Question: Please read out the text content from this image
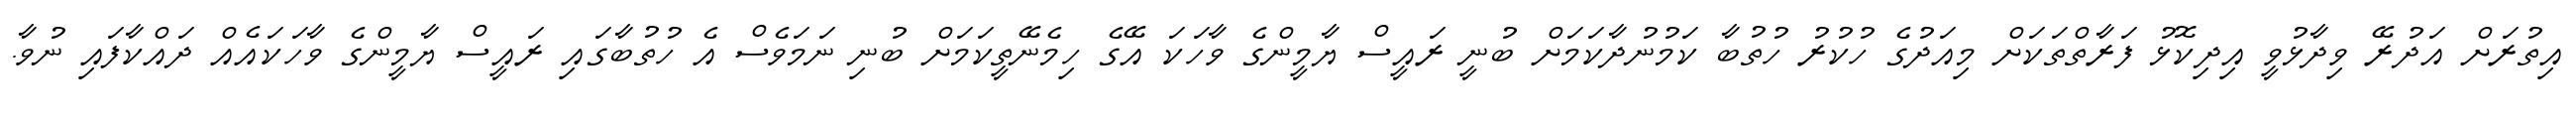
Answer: އިތުރަށް އަދުރޭ ވިދާޅުވީ އިދިކޮޅު ފަރާތްތަކަށް މިއަދުގެ ހުކުރު ހުތުބާ ކަމުނުދާކަމަށް ބުނީ ރައީސް ޔާމީންގެ ވާހަކަ އޭގެ ހިމެނޭތީކަމަށް ބުނި ނަމަވެސް އެ ހުތުބާގައި ރައީސް ޔާމީންގެ ވާހަކައެއް ދައްކާފައި ނުވާ.